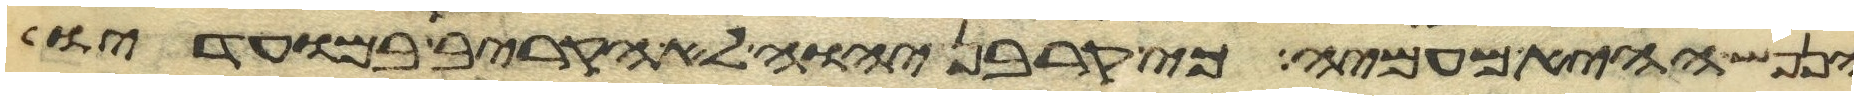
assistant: הנפש ההיא מעמיה כי קרבן יהוה לא הקריב במועדיו